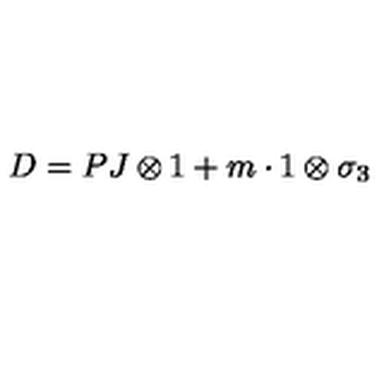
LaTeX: D = P J \otimes 1 + m \cdot 1 \otimes \sigma _ { 3 }